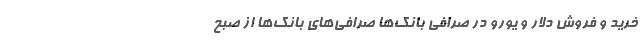
خرید و فروش دلار و یورو در صرافی بانک‌ها صرافی‌های بانک‌ها از صبح